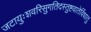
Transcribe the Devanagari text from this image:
जटायुःशवरिसुगतिदस्तुष्टवातेर्विधातु